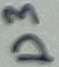
Text: D3